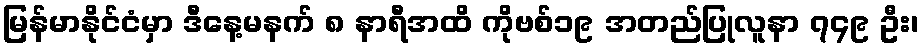
မြန်မာနိုင်ငံမှာ ဒီနေ့မနက် ၈ နာရီအထိ ကိုဗစ်၁၉ အတည်ပြုလူနာ ၇၄၉ ဦး၊